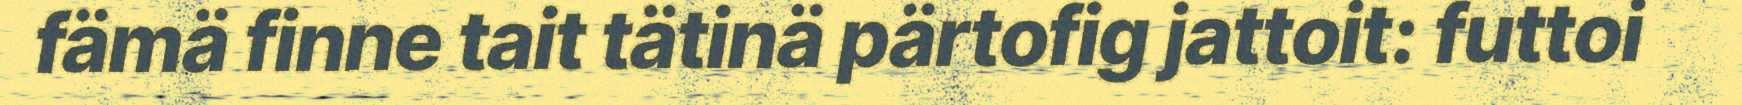
fämä finne tait tätinä pärtofig jattoit: futtoi